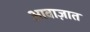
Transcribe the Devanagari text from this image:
आवाज़ात